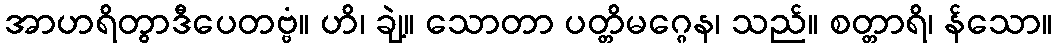
အာဟရိတွာဒီပေတဗ္ဗံ။ ဟိ၊ ချဲ့။ သောတာ ပတ္တိမဂ္ဂေန၊ သည်။ စတ္တာရိ၊ န်သော။